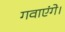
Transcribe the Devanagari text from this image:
गवाएंगे।